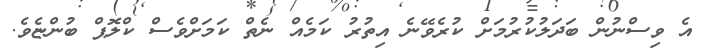
އެ ވިސްނުން ބަދަލުކުރުމަށް ކުރެވޭނެ އިތުރު ކަމެއް ނެތް ކަމަށްވެސް ކްލޮޕް ބުންޏެވެ.